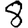
Digit: 8